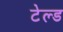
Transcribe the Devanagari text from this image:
टेल्ड